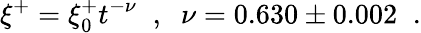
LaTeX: \xi^{+}=\xi_{0}^{+}t^{-\nu}\; \; ,\; \; \nu=0.630\pm 0.002\; \; .